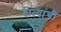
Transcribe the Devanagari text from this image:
दात्यांची